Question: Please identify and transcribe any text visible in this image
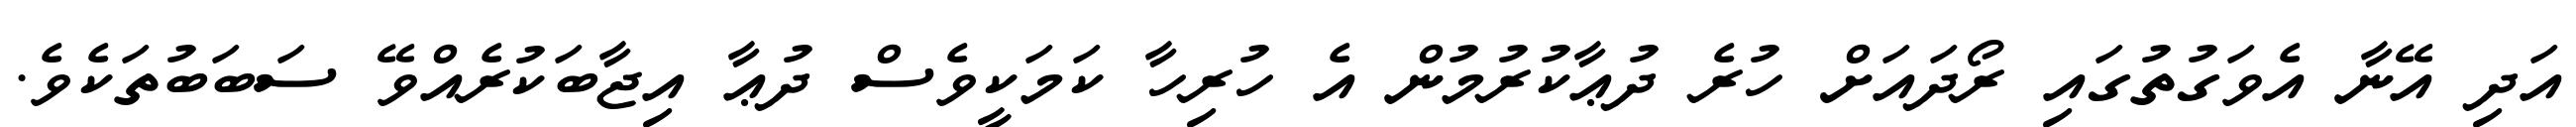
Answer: އަދި އޭނާ އެވަގުތުގައި ރޯދައަށް ހުރެ ދުޢާކުރުމުން އެ ހުރިހާ ކަމަކީވެސް ދުޢާ އިޖާބަކުރެއްވޭ ސަބަބުތަކެވެ.